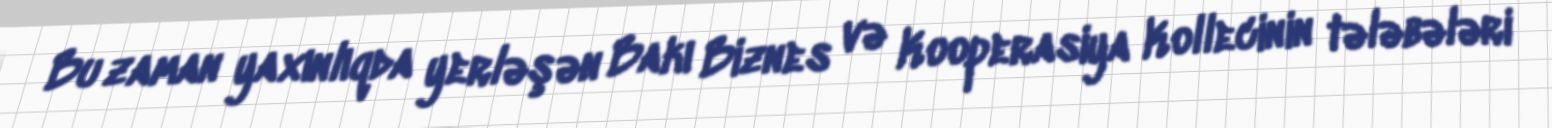
Bu zaman yaxınlıqda yerləşən Bakı Biznes və Kooperasiya Kollecinin tələbələri